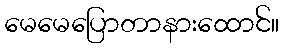
မေမေပြောတာနားထောင်။